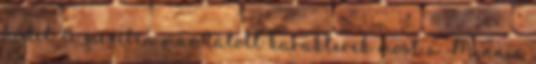
hódít A mesében már látott karakterek most a Minnie